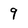
Character: 9